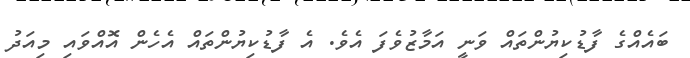
ބައެއްގެ ފާޑުކިޔުންތައް ވަނީ އަމާޒުވެފަ އެވެ. އެ ފާޑުކިޔުންތައް އެހެން އޮއްވައި މިއަދު